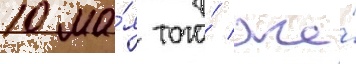
10 ма́я того́ же́